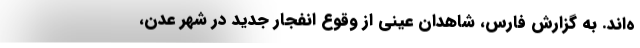
ه‌اند. به گزارش فارس، شاهدان عینی از وقوع انفجار جدید در شهر عدن،